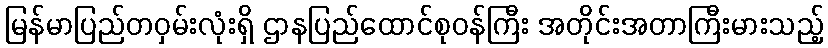
မြန်မာပြည်တဝှမ်းလုံးရှိ ဌာနပြည်ထောင်စုဝန်ကြီး အတိုင်းအတာကြီးမားသည့်